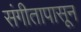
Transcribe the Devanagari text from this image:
संगीतापासून